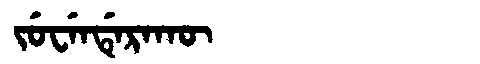
Manchu: ᠵᡠᠸᡝᠨᡩᡝᡵᠠᡴᡡ
Romanization: JUWENDERAKŪ